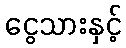
ငွေသားနှင့်